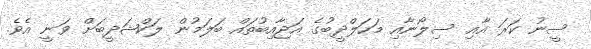
ސީނު ކަރަ އާއި ސިލޯނާއި މަހަލްދީބުގެ އަޖާއިބުތައް ބަލަމުން ލަކްޝަދީބަށް ވަނީ އެވެ.